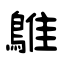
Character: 鵻